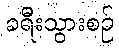
ခရီးသွားစဉ်